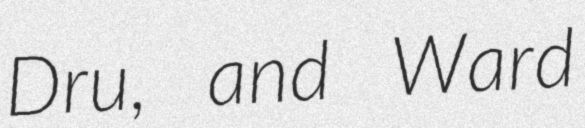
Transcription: Dru, and Ward